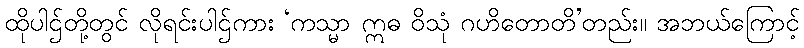
ထိုပါဌ်တို့တွင် လိုရင်းပါဌ်ကား ‘ကသ္မာ ဣဓ ဝိသုံ ဂဟိတောတိ’တည်း။ အဘယ်ကြောင့်